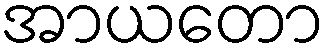
အာယတော